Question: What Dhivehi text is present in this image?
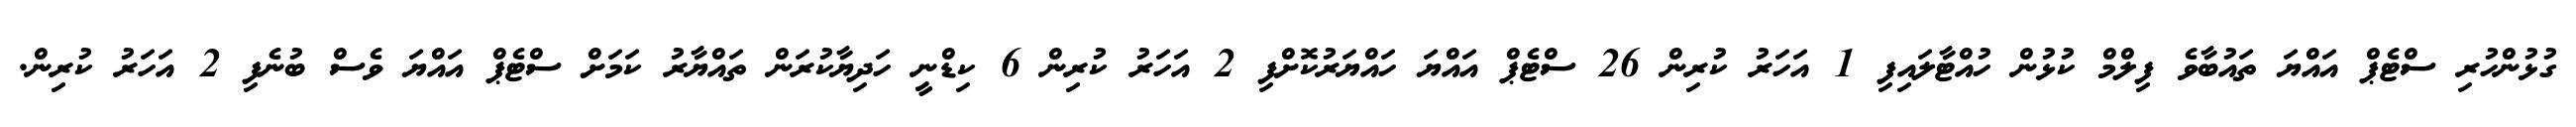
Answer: ގުޅުންހުރި ސްޓެޕް އައްޔަ ތައުބާވެ ފިލްމް ކުޅުން ހުއްޓާލައިފި 1 އަހަރު ކުރިން 26 ސްޓެޕް އައްޔަ ހައްޔަރުކޮށްފި 2 އަހަރު ކުރިން 6 ކިޑްނީ ހަދިޔާކުރަން ތައްޔާރު ކަމަށް ސްޓެޕް އައްޔަ ވެސް ބުނެފި 2 އަހަރު ކުރިން.